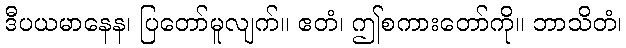
ဒီပယမာနေန၊ ပြတော်မူလျက်။ ဧတံ၊ ဤစကားတော်ကို။ ဘာသိတံ၊